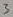
Text: 3